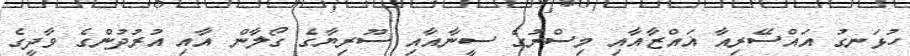
ހުޅަނގު އައްސޭރިއާ ޣައްޒާއާއި މިސްރުގެ ސީނާއާއި ސޫރިޔާގެ ގޯލާން އާއި އުރުދުންގެ ވާދީގެ